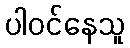
ပါဝင်နေသူ